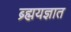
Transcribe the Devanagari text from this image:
ब्र्ह्मयज्ञात